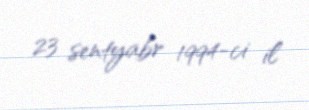
23 sentyabr 1994-ci il